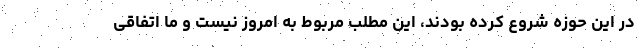
در این حوزه شروع کرده بودند، این مطلب مربوط به امروز نیست و ما اتفاقی